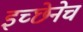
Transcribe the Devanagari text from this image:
इच्छेनेच